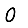
Digit: 0